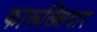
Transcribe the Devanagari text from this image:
फारूख्सियार